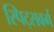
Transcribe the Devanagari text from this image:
स्पिट्सवर्ग